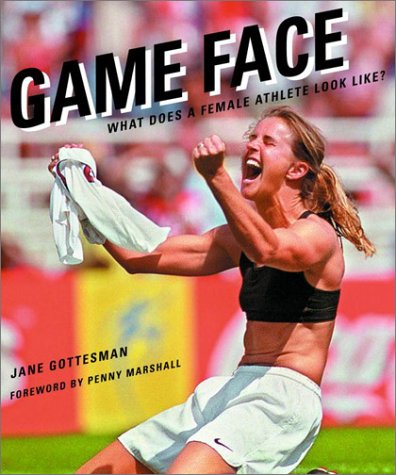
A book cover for Game Face: What Does a Female Athlete Look Like?; Jane Gottesman; Sports & Outdoors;